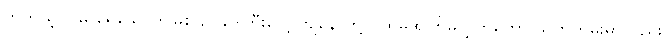
တကယ့်ပင်မ ရေသောက်မြစ် ဥပဒေကြီးပေါ့ ကျနော်တို့ ပထမအကြိမ်လွှတ်တော် သက်တမ်းမှာလည်း